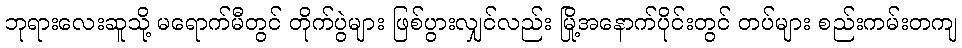
ဘုရားလေးဆူသို့ မရောက်မီတွင် တိုက်ပွဲများ ဖြစ်ပွားလျှင်လည်း မြို့အနောက်ပိုင်းတွင် တပ်များ စည်းကမ်းတကျ